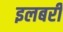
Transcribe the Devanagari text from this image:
इलबरी